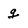
Character: g